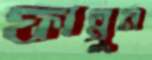
ফাল্গুন